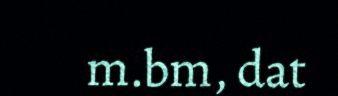
m.bm, dat